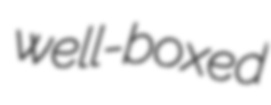
well-boxed